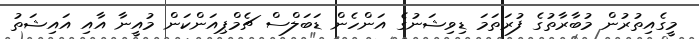
މީގެއިތުރުން މުބާރާތުގެ ފުރަތަމަ ޑިވިޝަނުގެ އަންހެން ޑަބަލްސް ޗެމްޕިއަންކަން މުއީނާ އާއި އައިޝަތު